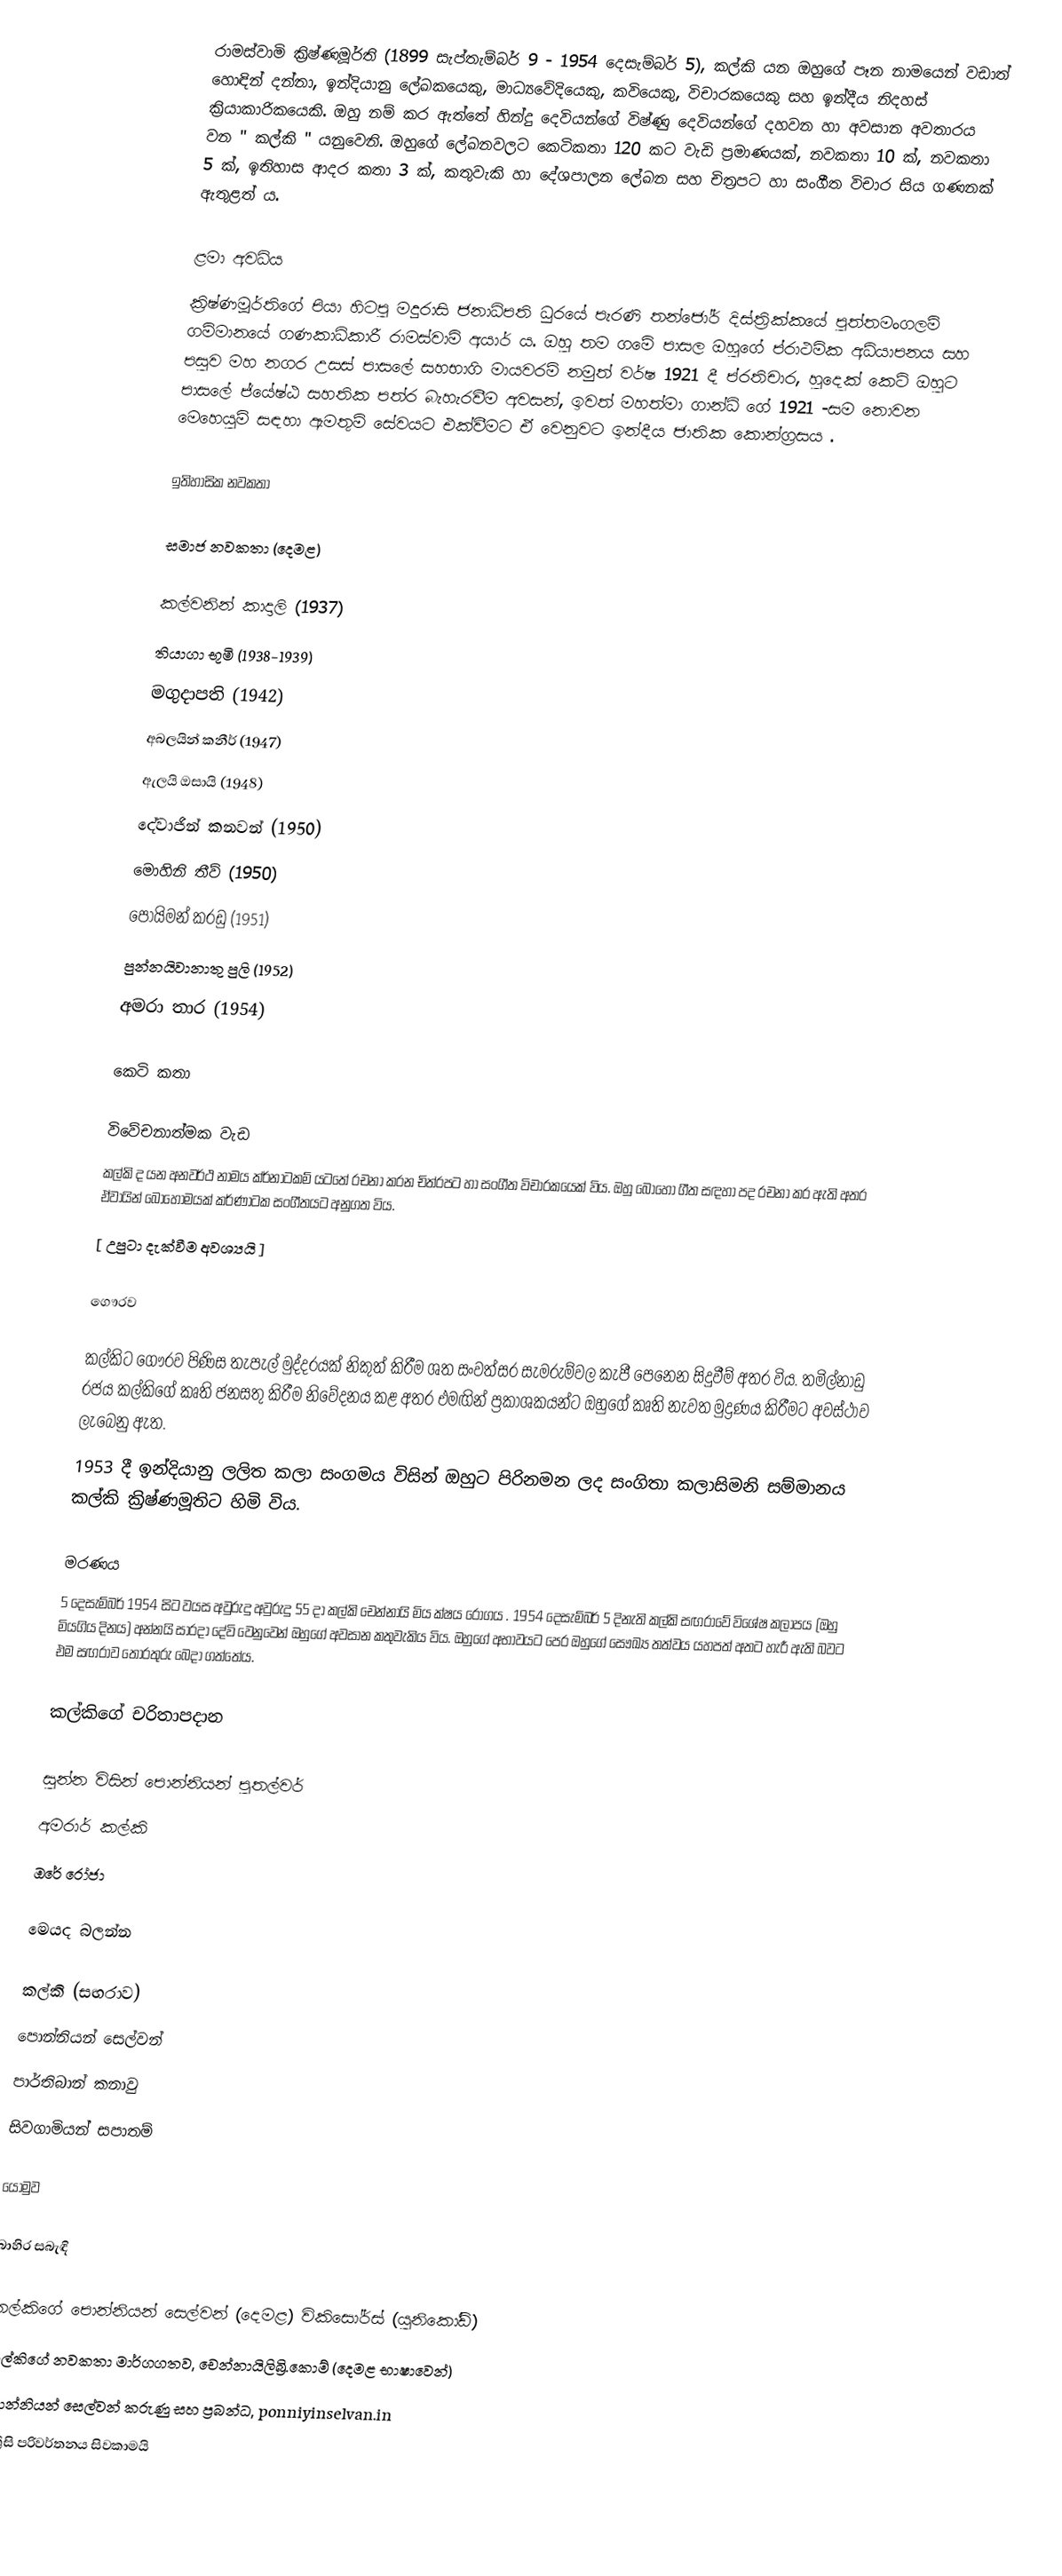
රාමස්වාමි ක්‍රිෂ්ණමූර්ති (1899 සැප්තැම්බර් 9 - 1954 දෙසැම්බර් 5), කල්කි යන ඔහුගේ පෑන නාමයෙන් වඩාත් හොඳින් දන්නා, ඉන්දියානු ලේඛකයෙකු, මාධ්‍යවේදියෙකු, කවියෙකු, විචාරකයෙකු සහ ඉන්දීය නිදහස් ක්‍රියාකාරිකයෙකි. ඔහු නම් කර ඇත්තේ හින්දු දෙවියන්ගේ විෂ්ණු දෙවියන්ගේ දහවන හා අවසාන අවතාරය වන " කල්කි " යනුවෙනි.  ඔහුගේ ලේඛනවලට කෙටිකතා 120 කට වැඩි ප්‍රමාණයක්, නවකතා 10 ක්, නවකතා 5 ක්, ඉතිහාස ආදර කතා 3 ක්, කතුවැකි හා දේශපාලන ලේඛන සහ චිත්‍රපට හා සංගීත විචාර සිය ගණනක් ඇතුළත් ය.

ළමා අවධිය
ක්‍රිෂ්ණමූර්තිගේ පියා හිටපු මදුරාසි ජනාධිපති ධුරයේ පැරණි තන්ජෝර් දිස්ත්‍රික්කයේ පුත්තමංගලම් ගම්මානයේ ගණකාධිකාරී රාමස්වාමි අයාර් ය. ඔහු තම ගමේ පාසල ඔහුගේ ප්රාථමික අධ්යාපනය සහ පසුව මහ නගර උසස් පාසලේ සහභාගි මායවරම් නමුත් වර්ෂ 1921 දී ප්රතිචාර, හුදෙක් කෙටි ඔහුට පාසලේ ජ්යේෂ්ඨ සහතික පත්ර බැහැරවීම අවසන්, ඉවත් මහත්මා ගාන්ධි ගේ 1921 -සම නොවන මෙහෙයුම් සඳහා ඇමතුම් සේවයට එක්වීමට ඒ වෙනුවට ඉන්දීය ජාතික කොන්ග්‍රසය .

ඉතිහාසික නවකතා

සමාජ නවකතා (දෙමළ)

 කල්වනින් කාදාලි (1937)
 තියාගා භූමි (1938-1939)
 මගුදාපති (1942)
 අබලයින් කනීර් (1947)
 ඇලයි ඔසායි (1948)
 දේවාජින් කනවන් (1950)
 මොහිනි තීව් (1950)
 පොයිමන් කරඩු (1951)
 පුන්නයිවානාතු පුලි (1952)
 අමරා තාර (1954)

කෙටි කතා

විවේචනාත්මක වැඩ
කල්කි ද යන අනවර්ථ නාමය ක්ර්නාටකම් යටතේ රචනා කරන චිත්රපට හා සංගීත විචාරකයෙක් විය.    ඔහු බොහෝ ගීත සඳහා පද රචනා කර ඇති අතර ඒවායින් බොහොමයක් කර්ණාටක සංගීතයට අනුගත විය.
[ උපුටා දැක්වීම අවශ්‍යයි ]

ගෞරව

 කල්කිට ගෞරව පිණිස තැපැල් මුද්දරයක් නිකුත් කිරීම ශත සංවත්සර සැමරුම්වල කැපී පෙනෙන සිදුවීම් අතර විය. තමිල්නාඩු රජය කල්කිගේ කෘති ජනසතු කිරීම නිවේදනය කළ අතර එමඟින් ප්‍රකාශකයන්ට ඔහුගේ කෘති නැවත මුද්‍රණය කිරීමට අවස්ථාව ලැබෙනු ඇත.
 1953 දී ඉන්දියානු ලලිත කලා සංගමය විසින් ඔහුට පිරිනමන ලද සංගිතා කලාසිමනි සම්මානය කල්කි ක්‍රිෂ්ණමූතිට හිමි විය.

මරණය
5 දෙසැම්බර් 1954 සිට වයස අවුරුදු අවුරුදු 55 දා කල්කි චෙන්නායි මිය ක්ෂය රෝගය . 1954 දෙසැම්බර් 5 දිනැති කල්කි සඟරාවේ විශේෂ කලාපය (ඔහු මියගිය දිනය) අන්නයි සාරදා දේවි වෙනුවෙන් ඔහුගේ අවසාන කතුවැකිය විය. ඔහුගේ අභාවයට පෙර ඔහුගේ සෞඛ්‍ය තත්වය යහපත් අතට හැරී ඇති බවට එම සඟරාව තොරතුරු බෙදා ගත්තේය.

කල්කිගේ චරිතාපදාන

 සුන්න විසින් පොන්නියන් පුතල්වර්
 අමරාර් කල්කි
 ඔරේ රෝජා

මෙයද බලන්න

 කල්කි (සඟරාව)
 පොන්නියන් සෙල්වන්
 පාර්තිබාන් කනාවු
 සිවගාමියන් සපාතම්

යොමුව

බාහිර සබැඳි

 කල්කිගේ පොන්නියන් සෙල්වන් (දෙමළ) විකිසෝර්ස් (යුනිකෝඩ්)
 කල්කිගේ නවකතා මාර්ගගතව, චෙන්නායිලිබ්‍රි.කොම් (දෙමළ භාෂාවෙන්)
 පොන්නියන් සෙල්වන් කරුණු සහ ප්‍රබන්ධ, ponniyinselvan.in
 ඉංග්‍රීසි පරිවර්තනය සිවකාමයි